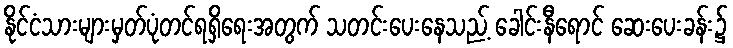
နိုင်ငံသားများမှတ်ပုံတင်ရရှိရေးအတွက် သတင်းပေးနေသည့် ခေါင်းနီရောင် ဆေးပေးခန်း၌